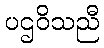
ပဌဝိသညီ